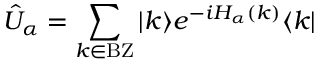
\hat { U } _ { \alpha } = \sum _ { k \in \mathrm { B Z } } | k \rangle e ^ { - i H _ { \alpha } ( k ) } \langle k |